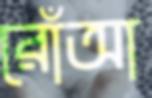
রোঁআ